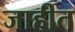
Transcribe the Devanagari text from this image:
जाहीत